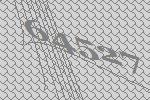
64527